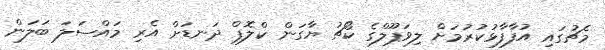
މެޗުގައި އުފާފާޅުކުރުމަށް ލިވަޕޫލްގެ ކޯޗު ޔާގަން ކްލޮޕް ދަނޑަށް އެރި މައްސަލަ ބަލަން